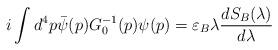
LaTeX: \begin{align*}i\int d^4p\bar\psi(p) G_0^{-1}(p)\psi(p)=\varepsilon_B\lambda\frac{dS_B(\lambda)}{d\lambda}\end{align*}